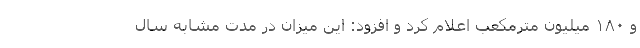
و ۱۸۰ میلیون مترمکعب اعلام کرد و افزود: این میزان در مدت مشابه سال